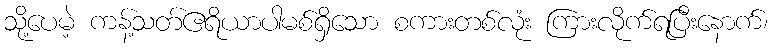
သို့ပေမဲ့ ကန့်သတ်ဧရိယာပါမစ်ရှိသော စကားတစ်လုံး ကြားလိုက်ရပြီးနောက်၊